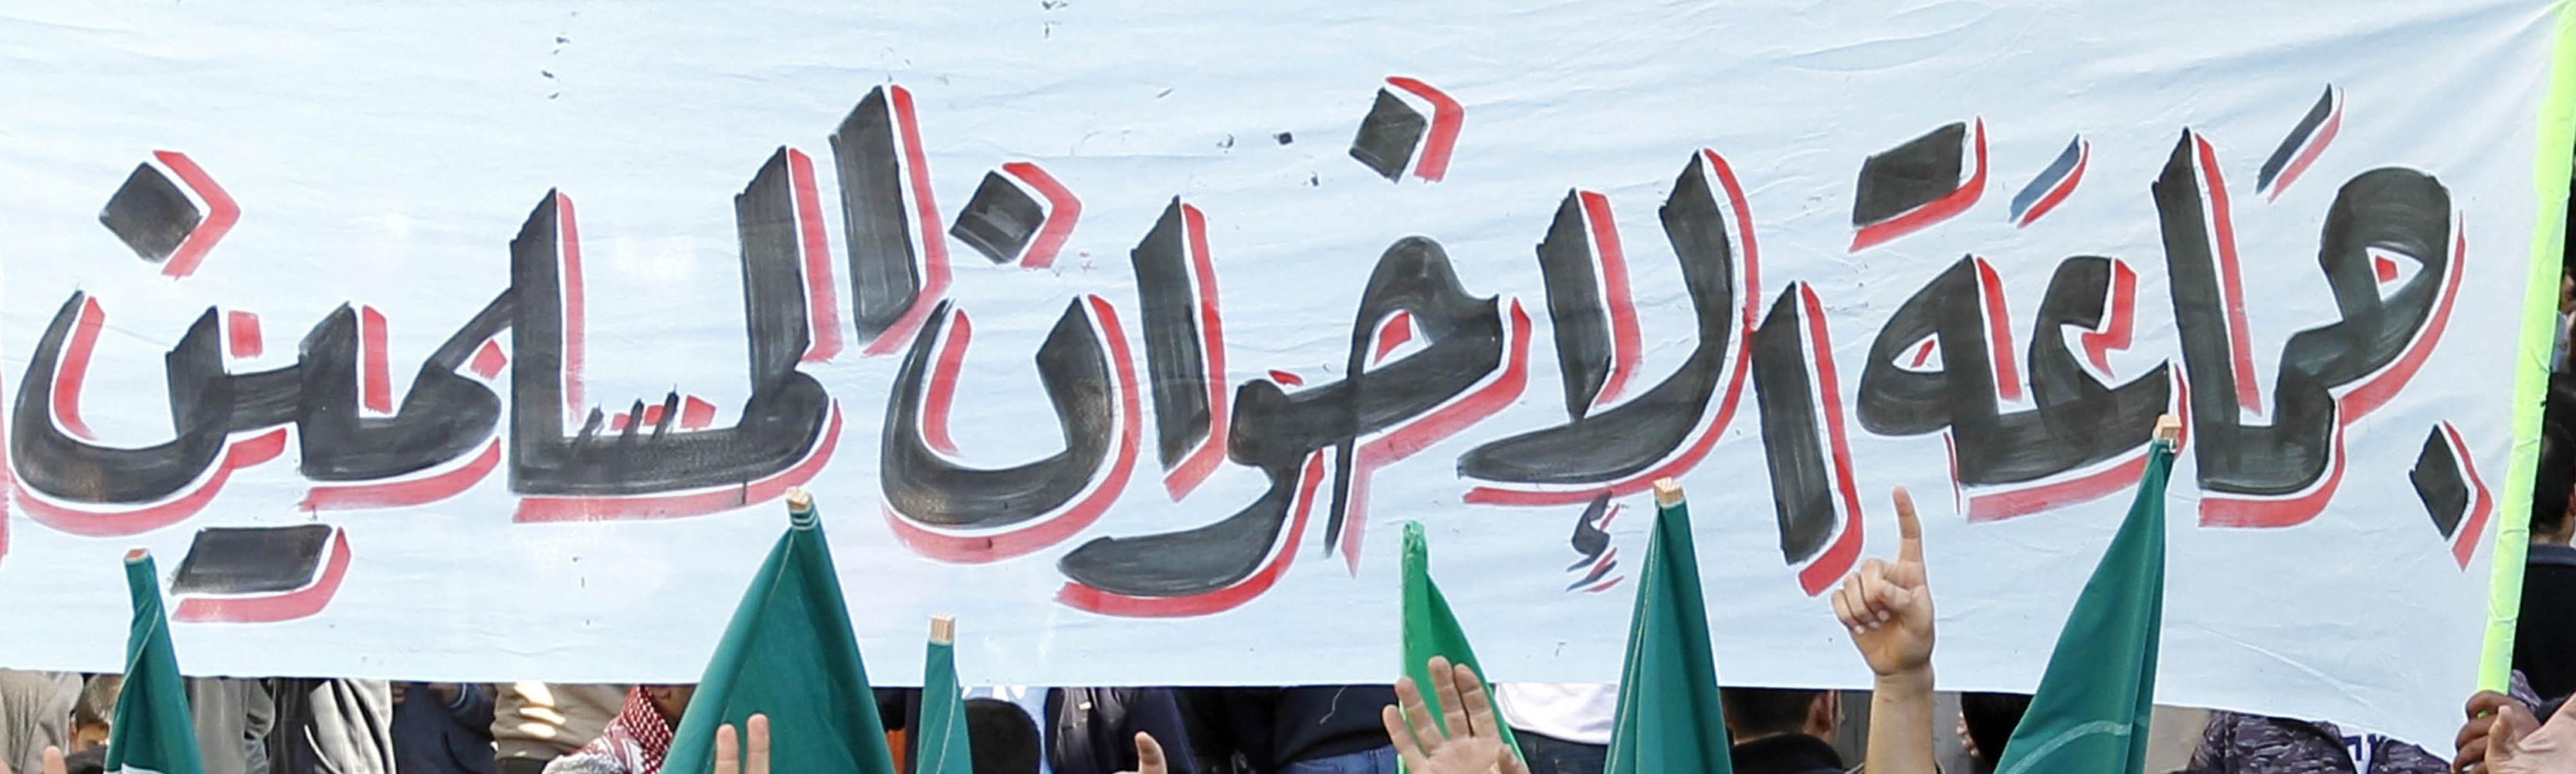
مياعة